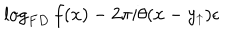
LaTeX: \log _ { F D } f ( x ) - 2 \pi i \theta ( x - y _ { \uparrow } ) \epsilon